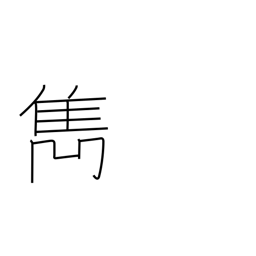
Meaning: excel